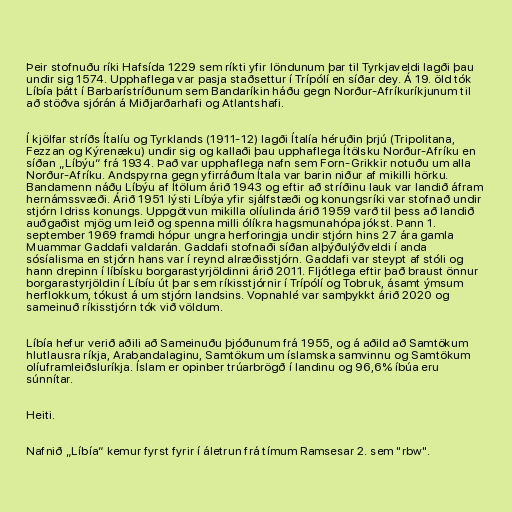
Þeir stofnuðu ríki Hafsída 1229 sem ríkti yfir löndunum þar til Tyrkjaveldi lagði þau
undir sig 1574. Upphaflega var pasja staðsettur í Trípólí en síðar dey. Á 19. öld tók
Líbía þátt í Barbarístríðunum sem Bandaríkin háðu gegn Norður-Afríkuríkjunum til
að stöðva sjórán á Miðjarðarhafi og Atlantshafi.

Í kjölfar stríðs Ítalíu og Tyrklands (1911-12) lagði Ítalía héruðin þrjú (Tripolitana,
Fezzan og Kýrenæku) undir sig og kallaði þau upphaflega Ítölsku Norður-Afríku en
síðan „Líbýu“ frá 1934. Það var upphaflega nafn sem Forn-Grikkir notuðu um alla
Norður-Afríku. Andspyrna gegn yfirráðum Ítala var barin niður af mikilli hörku.
Bandamenn náðu Líbýu af Ítölum árið 1943 og eftir að stríðinu lauk var landið áfram
hernámssvæði. Árið 1951 lýsti Líbýa yfir sjálfstæði og konungsríki var stofnað undir
stjórn Idriss konungs. Uppgötvun mikilla olíulinda árið 1959 varð til þess að landið
auðgaðist mjög um leið og spenna milli ólíkra hagsmunahópa jókst. Þann 1.
september 1969 framdi hópur ungra herforingja undir stjórn hins 27 ára gamla
Muammar Gaddafi valdarán. Gaddafi stofnaði síðan alþýðulýðveldi í anda
sósíalisma en stjórn hans var í reynd alræðisstjórn. Gaddafi var steypt af stóli og
hann drepinn í líbísku borgarastyrjöldinni árið 2011. Fljótlega eftir það braust önnur
borgarastyrjöldin í Líbíu út þar sem ríkisstjórnir í Trípólí og Tobruk, ásamt ýmsum
herflokkum, tókust á um stjórn landsins. Vopnahlé var samþykkt árið 2020 og
sameinuð ríkisstjórn tók við völdum.

Líbía hefur verið aðili að Sameinuðu þjóðunum frá 1955, og á aðild að Samtökum
hlutlausra ríkja, Arabandalaginu, Samtökum um íslamska samvinnu og Samtökum
olíuframleiðsluríkja. Íslam er opinber trúarbrögð í landinu og 96,6% íbúa eru
súnnítar.

Heiti.

Nafnið „Líbía“ kemur fyrst fyrir í áletrun frá tímum Ramsesar 2. sem "rbw".